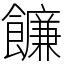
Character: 䭠